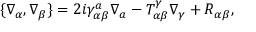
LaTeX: \{ \nabla _ { \alpha } , \nabla _ { \beta } \} = 2 i \gamma _ { \alpha \beta } ^ { a } \nabla _ { a } - T _ { \alpha \beta } ^ { \gamma } \nabla _ { \gamma } + R _ { \alpha \beta } ,